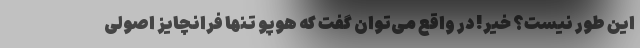
این طور نیست؟ خیر! در واقع می‌توان گفت که هوپو تنها فرانچایز اصولی